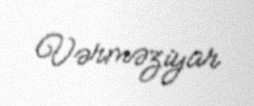
Vərməziyar